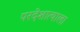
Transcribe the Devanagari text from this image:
परदेशात्याला